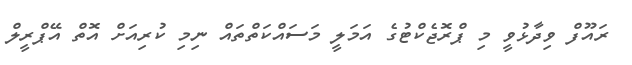
ރައޫފް ވިދާޅުވީ މި ޕްރޮޖެކްޓުގެ އަމަލީ މަސައްކަތްތައް ނިމި ކުރިއަށް އޮތް އޭޕްރީލް